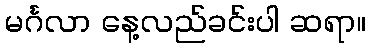
မင်္ဂလာ နေ့လည်ခင်းပါ ဆရာ။